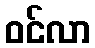
ဝင်လာ